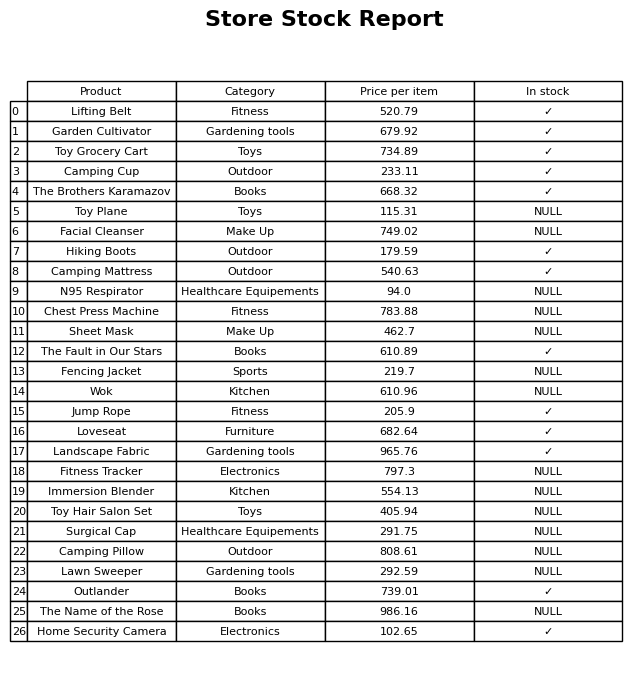
question: What is the price of the Camping Pillow?
answer: The price of Camping Pillow is 808.61.